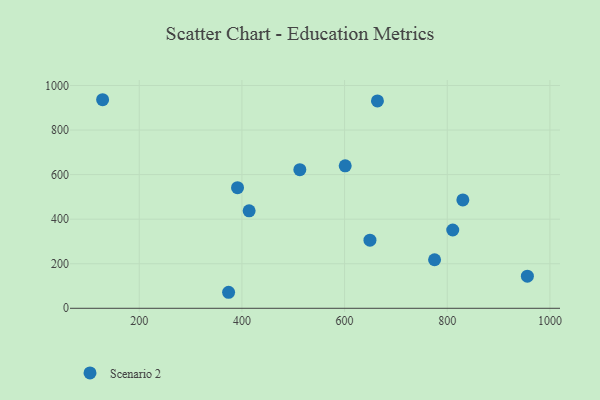
{"axis": {"x": "Experience", "y": "Rating"}, "legend": ["Scenario 2"], "data": [{"x": "775.3", "y": 217.9, "type": "Scenario 2"}, {"x": "601.2", "y": 639.7, "type": "Scenario 2"}, {"x": "374.0", "y": 71.9, "type": "Scenario 2"}, {"x": "830.4", "y": 486.4, "type": "Scenario 2"}, {"x": "649.4", "y": 305.7, "type": "Scenario 2"}, {"x": "664.0", "y": 930.7, "type": "Scenario 2"}, {"x": "128.6", "y": 936.2, "type": "Scenario 2"}, {"x": "512.8", "y": 622.2, "type": "Scenario 2"}, {"x": "391.4", "y": 541.5, "type": "Scenario 2"}, {"x": "956.1", "y": 144.0, "type": "Scenario 2"}, {"x": "810.7", "y": 351.4, "type": "Scenario 2"}, {"x": "414.0", "y": 437.3, "type": "Scenario 2"}]}